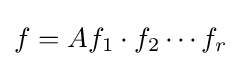
f=Af_{1}\cdot f_{2}\cdots f_{r}